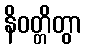
နိဝတ္တိတွာ